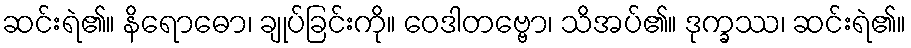
ဆင်းရဲ၏။ နိရောဓော၊ ချုပ်ခြင်းကို။ ဝေဒါတဗ္ဗော၊ သိအပ်၏။ ဒုက္ခဿ၊ ဆင်းရဲ၏။